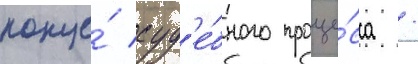
конце́ суд'е́бного проце́сса /